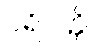
ပရိဝတ္တိ